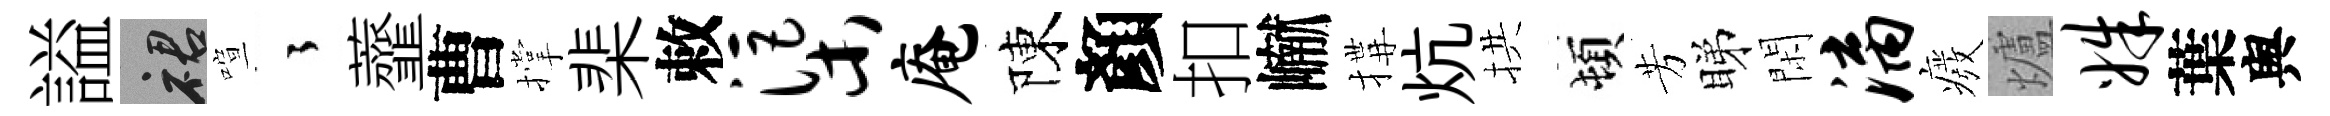
謚裙喧徃虀曹撑棐敕渠庵陳顏扣𪩘搆炕拱頓芳睇閑漓癈爐姝葉舆